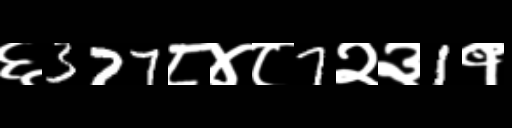
Text: ६377८४८7२३1१